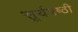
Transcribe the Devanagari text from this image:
सूर्यषष्ठी